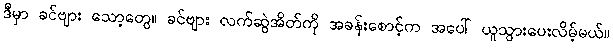
ဒီမှာ ခင်ဗျား သော့တွေ။ ခင်ဗျား လက်ဆွဲအိတ်ကို အခန်းစောင့်က အပေါ် ယူသွားပေးလိမ့်မယ်။